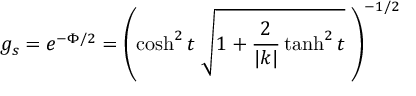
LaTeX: g _ { s } = e ^ { - \Phi / 2 } = \left( \cosh ^ { 2 } t \; \sqrt { 1 + \frac { 2 } { | k | } \operatorname { t a n h } ^ { 2 } t } \; \right) ^ { - 1 / 2 }